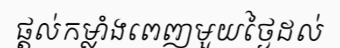
ផ្តល់កម្លាំងពេញមួយថ្ងៃដល់